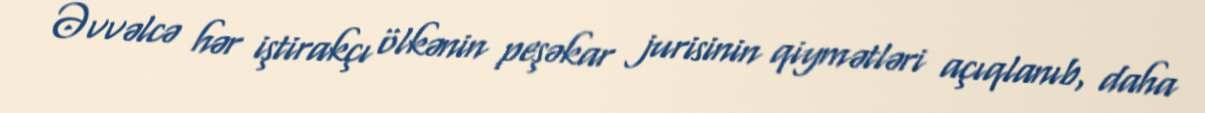
Əvvəlcə hər iştirakçı ölkənin peşəkar jurisinin qiymətləri açıqlanıb, daha